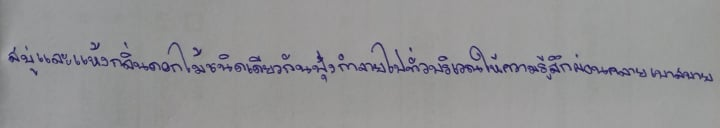
สบู่และแห้งกลิ่นดอกไม้ชนิดเดียวกันฟุ้งกำจายไปทั่วบริเวณให้ความรู้สึกผ่อนคลายเบาสบาย